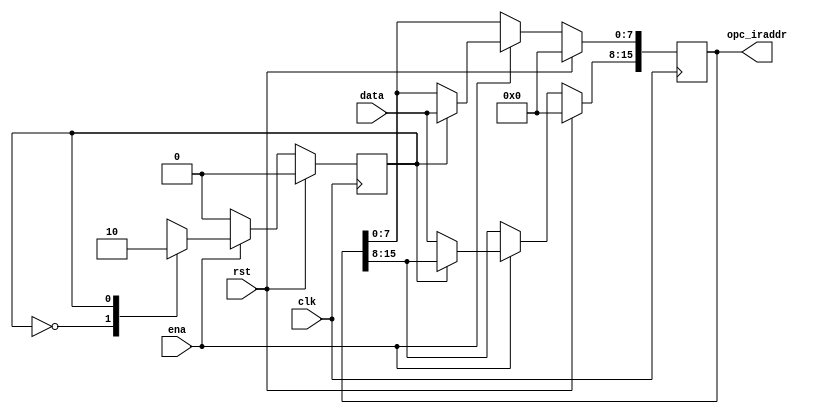

// -----------------------------------------------------------------------------
/* Description:
	instruction register
The registers are used to store instructions sent from the data bus 
into either the high 8-bit or low 8-bit registers.

The ena signal is used to control whether to register or not.

Each instruction is two bytes, 16 bits, the high 3 bits are the opcode and 
the low 13 bits are the address (the CPU address bus is 13 bits and the addressing space is 8K bytes).

The data bus of this design is 8 bits, and each instruction needs to be fetched twice, 
first the high 8 bits and then the low 8 bits.

*/
// Version: 0.1
// -----------------------------------------------------------------------------
module register (
	input clk,    // Clock
	input rst,  // Asynchronous reset active high
	
	input [7:0] data,
	input 		ena ,

	output reg [15:0] opc_iraddr
);
	reg state ;

	// If load_ir from machine actived, load instruction data from rom in 2 clock periods.
    // Load high 8 bits first, and then low 8 bits.

	always @(posedge clk) begin : proc_opc_iraddr
		if(rst) begin
			opc_iraddr <= 16'b 0000_0000_0000_0000;
			state      <= 1'b0 ;
		end else if (ena) begin
			case (state)
				1'b0 : begin
					opc_iraddr[15:8] <= data ;
					state			 <= 1'b1 	 ;
				end
				1'b1 : begin
					opc_iraddr[7:0] <= data ;
					state			<= 1'b0 	;
				end
				default : begin 
					opc_iraddr [ 15 : 0 ] <= 16'bxxxx_xxxx_xxxx_xxxx; 
					state <= 1'bx; 
				end
			endcase
		end else begin
			state <= 1'b0 ;
		end
	end

endmodule